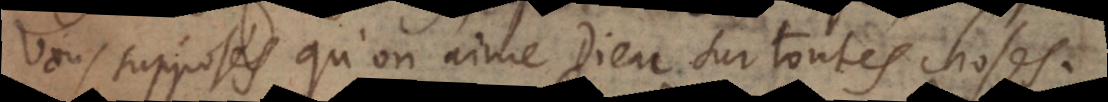
vous supposés qu’on aime Dieu sur toutes choses.